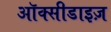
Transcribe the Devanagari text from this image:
ऑक्सीडाइज़